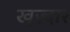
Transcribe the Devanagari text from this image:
खुज़्दार